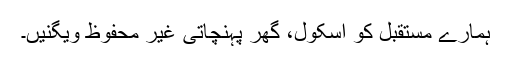
ہمارے مستقبل کو اسکول، گھر پہنچاتی غیر محفوظ ویگنیں۔